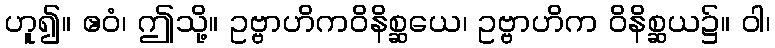
ဟူ၍။ ဧဝံ၊ ဤသို့။ ဥဗ္ဗာဟိကဝိနိစ္ဆယေ၊ ဥဗ္ဗာဟိက ဝိနိစ္ဆယ၌။ ဝါ၊